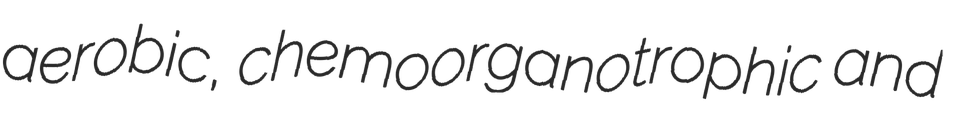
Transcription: aerobic, chemoorganotrophic and